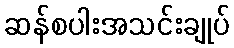
ဆန်စပါးအသင်းချုပ်